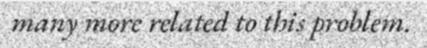
many more related to this problem.